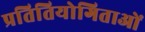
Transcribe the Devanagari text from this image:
प्रतितियोगिताओं